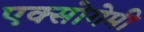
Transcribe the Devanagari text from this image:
एक्सोगेमी